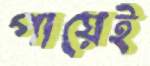
পায়েই